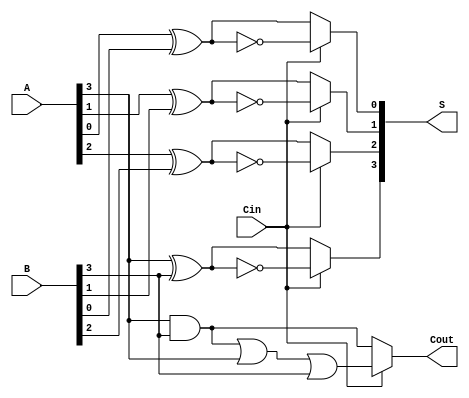
module ConditionalSumAdder (
    input wire [n-1:0] A,  // First n-bit input
    input wire [n-1:0] B,  // Second n-bit input
    input wire Cin,        // Carry-in
    output wire [n-1:0] S, // n-bit sum output
    output wire Cout       // Carry-out
);
    parameter n = 4; // You can change this to the desired bit-width

    wire [n-1:0] S0; // Sum assuming Cin=0
    wire [n-1:0] S1; // Sum assuming Cin=1
    wire [n-1:0] C0; // Carry-out assuming Cin=0
    wire [n-1:0] C1; // Carry-out assuming Cin=1

    genvar i;

    // Generate full adders for each bit position
    generate
        for (i = 0; i < n; i = i + 1) begin: FullAdder
            // Calculate sum assuming Cin = 0
            assign S0[i] = A[i] ^ B[i] ^ 1'b0;
            assign C0[i] = (A[i] & B[i]) | (A[i] & 1'b0) | (B[i] & 1'b0);

            // Calculate sum assuming Cin = 1
            assign S1[i] = A[i] ^ B[i] ^ 1'b1;
            assign C1[i] = (A[i] & B[i]) | (A[i] & 1'b1) | (B[i] & 1'b1);
        end
    endgenerate

    // Mux to select final sum based on Cin
    generate
        for (i = 0; i < n; i = i + 1) begin: SumMux
            assign S[i] = Cin ? S1[i] : S0[i];
        end
    endgenerate

    // Determine the final carry-out
    assign Cout = Cin ? C1[n-1] : C0[n-1];

endmodule